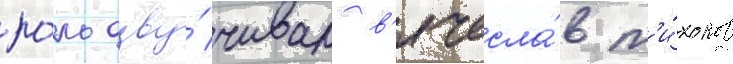
ро́ль озву́чивал в'ячесла́в т'и́хонов